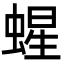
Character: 䗌